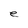
Character: e